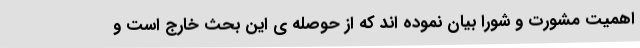
اهمیت مشورت و شورا بیان نموده اند که از حوصله ی این بحث خارج است و